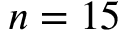
n = 1 5